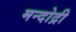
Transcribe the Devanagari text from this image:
मन्दोद्री